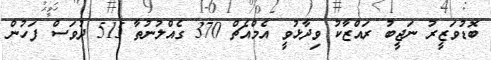
ބޮޑުވަޒީރު ނަޖީބު ރައްޒާކު ވިދާޅުވީ އެމްއެޗް 370 ގެއްލުނުތާ 515 ދުވަސް ފަހުން